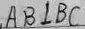
A B \bot B C